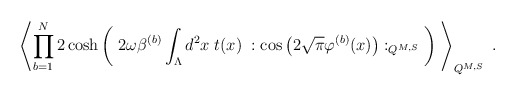
\begin{align*}\left\langle \prod_{b=1}^N2 \cosh\left( \; 2 \omega\beta^{(b)} \int_{\Lambda} d^2x \;t(x)\; : \cos \left( 2 \sqrt{\pi} \varphi^{(b)}(x)\right) :_{Q^{M,S}} \; \right) \;\right\rangle_{Q^{M,S}} \; .\end{align*}